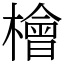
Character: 檜